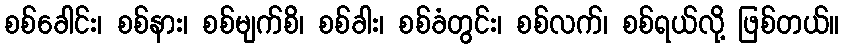
စစ်ခေါင်း၊ စစ်နား၊ စစ်မျက်စိ၊ စစ်ခါး၊ စစ်ခံတွင်း၊ စစ်လက်၊ စစ်ရယ်လို့ ဖြစ်တယ်။